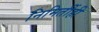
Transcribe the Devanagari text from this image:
निमिर्तीही